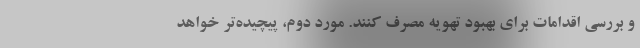
و بررسی اقدامات برای بهبود تهویه مصرف کنند. مورد دوم، پیچیده‌تر خواهد